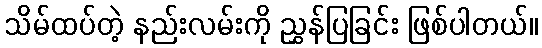
သိမ်ထပ်တဲ့ နည်းလမ်းကို ညွှန်ပြခြင်း ဖြစ်ပါတယ်။